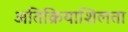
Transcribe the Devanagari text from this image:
अतिक्रियाशिलता